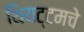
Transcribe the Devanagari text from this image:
थियट्टमचे